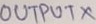
Text: OUTPUTX